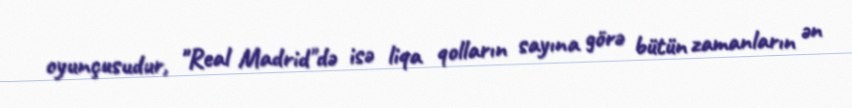
oyunçusudur, "Real Madrid"də isə liqa qolların sayına görə bütün zamanların ən